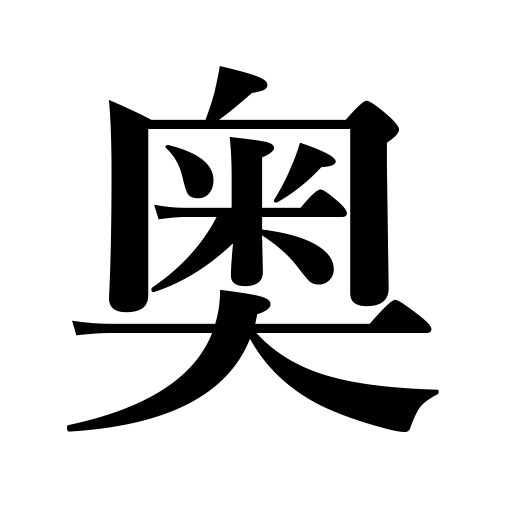
Meanings: heart,interior